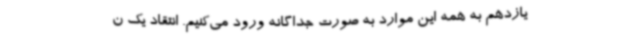
یازدهم به همه این موارد به صورت جداگانه ورود می‌کنیم. انتقاد یک ن